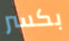
بكسر